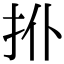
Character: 𢪗